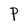
Character: P